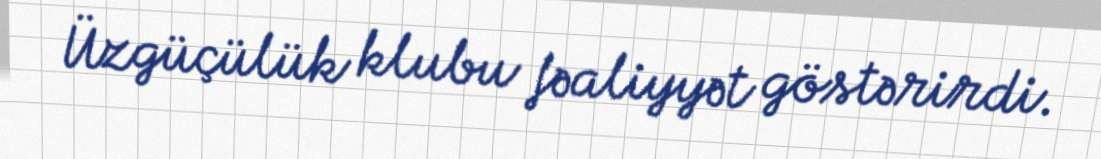
Üzgüçülük klubu fəaliyyət göstərirdi.